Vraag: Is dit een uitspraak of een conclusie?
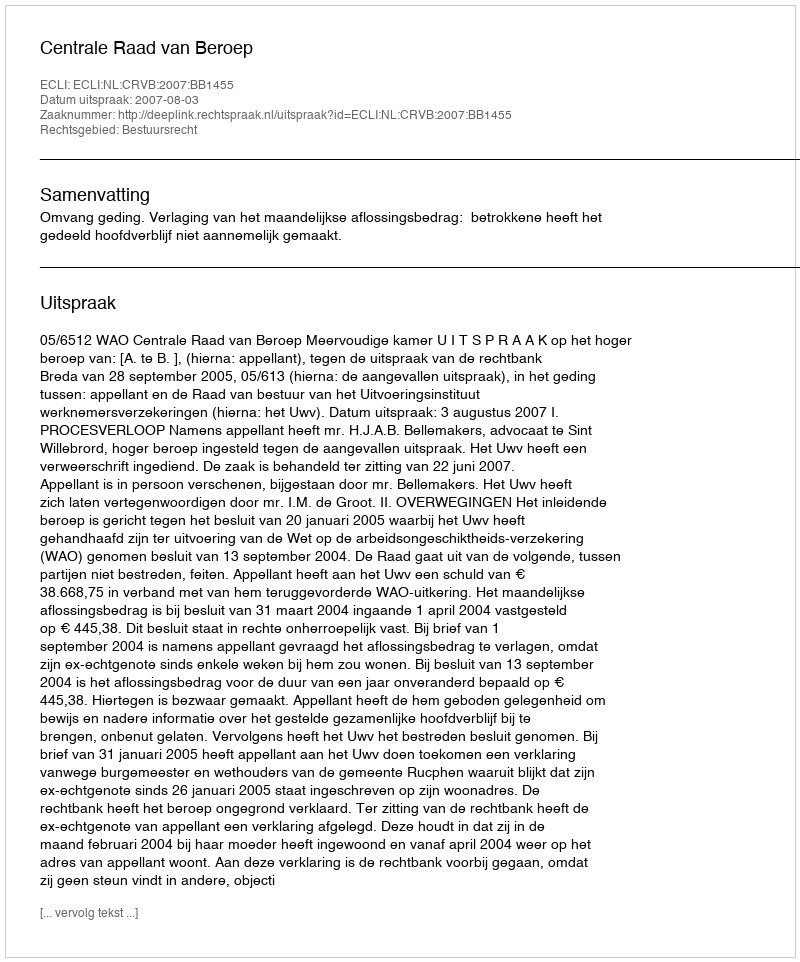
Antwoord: Uitspraak